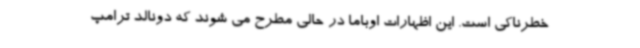
خطرناکی است. این اظهارات اوباما در حالی مطرح می شوند که دونالد ترامپ